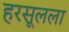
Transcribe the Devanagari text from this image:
हरसूलला